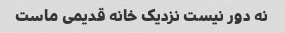
نه دور نیست نزدیک خانه قدیمی ماست